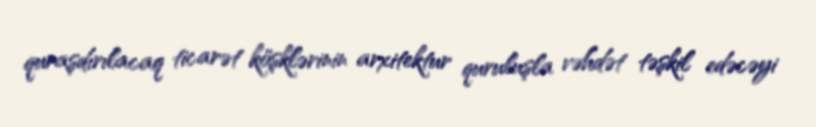
quraşdırılacaq ticarət köşklərinin arxitektur quruluşla vəhdət təşkil edəcəyi